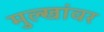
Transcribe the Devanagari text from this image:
मुल्खांवर